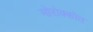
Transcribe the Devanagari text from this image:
मोरोक्कोत